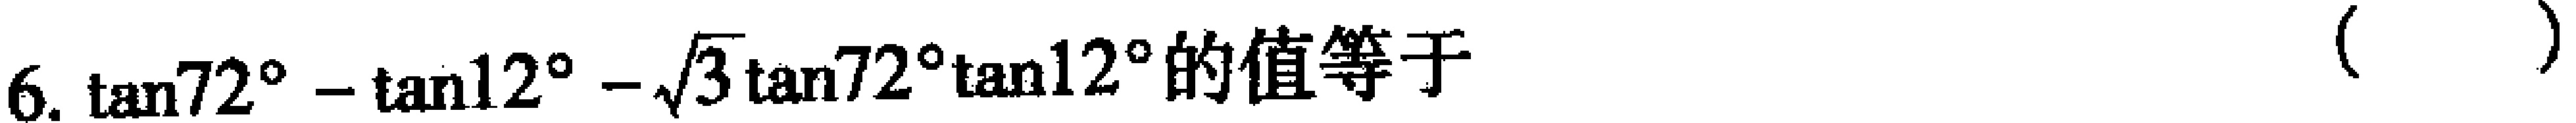
$6.\ \tan72^{\circ}-\tan12^{\circ}-\sqrt{3}\tan72^{\circ}\tan12^{\circ}\text{的值等于}\left( \ \ \ \ \ \right)$